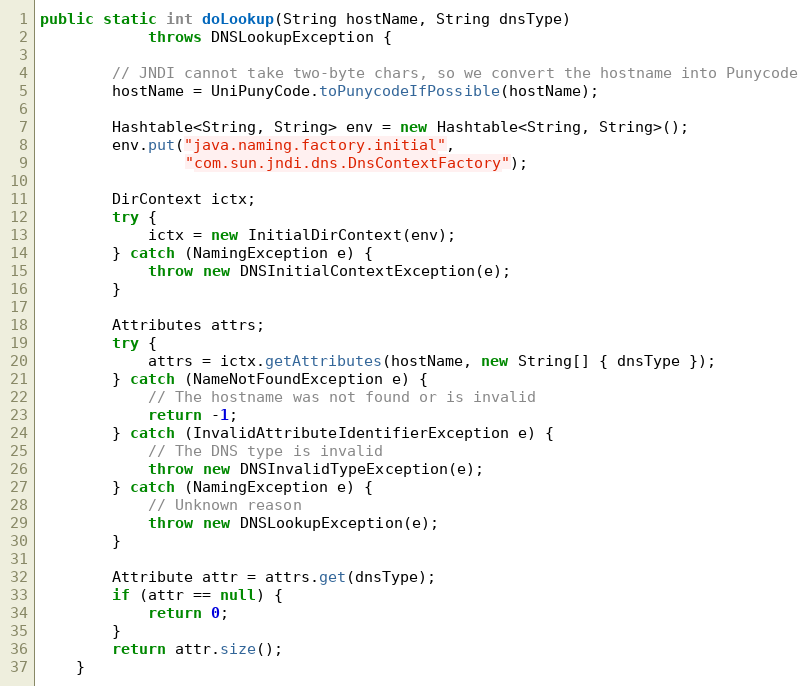
Language: Java
public static int doLookup(String hostName, String dnsType)
			throws DNSLookupException {

		// JNDI cannot take two-byte chars, so we convert the hostname into Punycode
		hostName = UniPunyCode.toPunycodeIfPossible(hostName);

		Hashtable<String, String> env = new Hashtable<String, String>();
		env.put("java.naming.factory.initial",
				"com.sun.jndi.dns.DnsContextFactory");

		DirContext ictx;
		try {
			ictx = new InitialDirContext(env);
		} catch (NamingException e) {
			throw new DNSInitialContextException(e);
		}

		Attributes attrs;
		try {
			attrs = ictx.getAttributes(hostName, new String[] { dnsType });
		} catch (NameNotFoundException e) {
			// The hostname was not found or is invalid
			return -1;
		} catch (InvalidAttributeIdentifierException e) {
			// The DNS type is invalid
			throw new DNSInvalidTypeException(e);
		} catch (NamingException e) {
			// Unknown reason
			throw new DNSLookupException(e);
		}

		Attribute attr = attrs.get(dnsType);
		if (attr == null) {
			return 0;
		}
		return attr.size();
	}